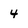
Character: 4